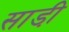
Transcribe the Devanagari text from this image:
साडी़